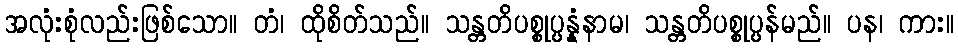
အလုံးစုံလည်းဖြစ်သော။ တံ၊ ထိုစိတ်သည်။ သန္တတိပစ္စုပ္ပန္နံနာမ၊ သန္တတိပစ္စုပ္ပန်မည်။ ပန၊ ကား။